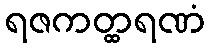
ရဇကတ္ထရဏံ